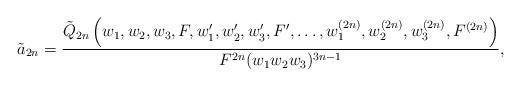
LaTeX: \begin{align*}\tilde{a}_{2n} = \frac{\tilde{Q}_{2n}\left (w_1, w_2, w_3, F, w_1', w_2', w_3', F', \dots,w_1^{(2n)}, w_2^{(2n)}, w_3^{(2n)}, F^{(2n)} \right )}{F^{2n} (w_1 w_2 w_3)^{3n-1}},\end{align*}